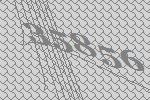
35856